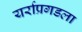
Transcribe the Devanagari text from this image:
यर्राप्रगडला